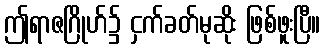
ဤရာဇဂြိုဟ်၌ ငှက်ခတ်မုဆိုး ဖြစ်ဖူးပြီ။